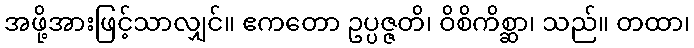
အဖို့အားဖြင့်သာလျှင်။ ဧကတော ဥပ္ပဇ္ဇတိ၊ ဝိစိကိစ္ဆာ၊ သည်။ တထာ၊